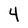
Character: 4